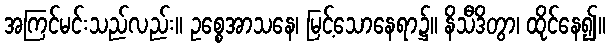
အကြင်မင်းသည်လည်း။ ဥစ္စေအာသနေ၊ မြင့်သောနေရာ၌။ နိသီဒိတွာ၊ ထိုင်နေ၍။